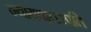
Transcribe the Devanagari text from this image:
न्यायवाचस्पति